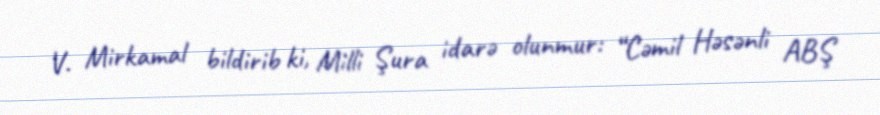
V. Mirkamal bildirib ki, Milli Şura idarə olunmur: “Cəmil Həsənli ABŞ